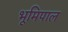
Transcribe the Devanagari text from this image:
भूमिपाल